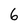
Character: 6